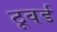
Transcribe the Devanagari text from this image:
टूवर्ड